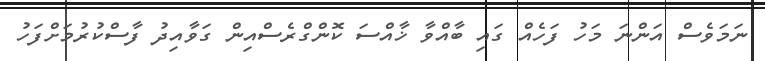
ނަމަވެސް އަންނަ މަހު ފަހެއް ގައި ބާއްވާ ޚާއްސަ ކޮންގްރެސްއިން ގަވާއިދު ފާސްކުރުމަށްފަހު